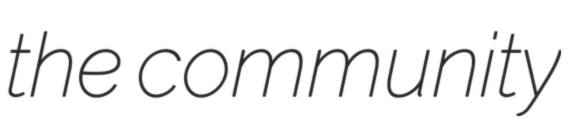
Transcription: the community